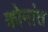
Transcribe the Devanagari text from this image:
कोनांत